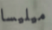
ميليسا